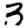
Digit: 3